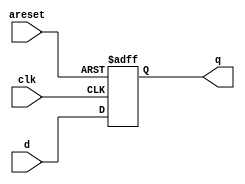
module top_module (
    input clk,
    input areset,   // active high asynchronous reset
    input [7:0] d,
    output [7:0] q
);
     always @ (posedge clk or posedge areset ) begin
        //this is an active high  asynchronous reset
        if (areset==1'b1) q<= 1'b0;
        else q <= d;
    end
endmodule